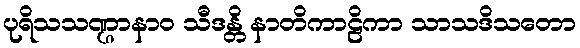
ပုရိသသဏ္ဌာနာဝ သီဒန္တိ နာတိကာဠိကာ သာသဒိသတော